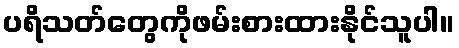
ပရိသတ်တွေကိုဖမ်းစားထားနိုင်သူပါ။